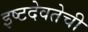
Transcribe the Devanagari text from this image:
इष्टदेवतेची